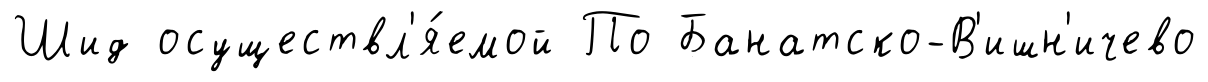
Шид осуществл'я́емой По Банатско-В'ишн'ичево